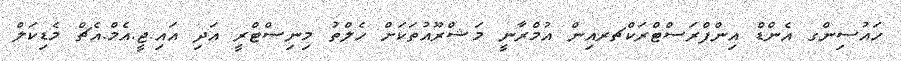
ހައުސިންގ އެންޑް އިންފްރަސްޓްރަކްޗރއިން އުމްރާނީ މަޝްރޫއުތަކަށް ހެލްތު މިނިސްޓްރީ އަދި އައި.ޖީ.އެމް.އެޗް މެޑިކަލް